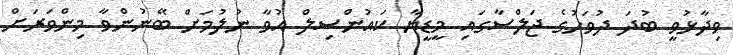
ވިދާޅުވީ ބުދަ ދުވަހުގެ ޖަލްސާގައި މީޑީޔާ ކައުންސިލް އުވާ ނުލުމަށް ބޭނުންވާ މިންވަރަށް